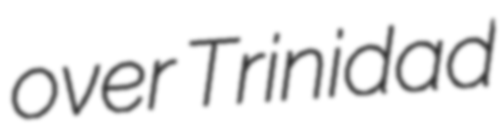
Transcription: over Trinidad